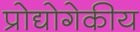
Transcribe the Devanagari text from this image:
प्रोद्योगेकीय